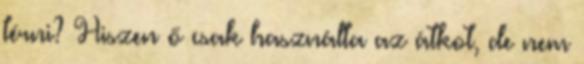
térni? Hiszen ő csak használta az átkot, de nem